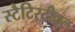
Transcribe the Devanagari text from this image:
स्टैटिस्टीकल